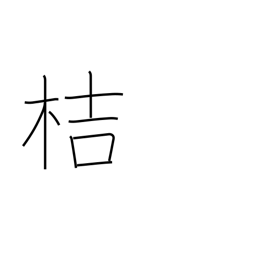
Meaning: used in plant names